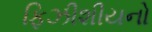
ફિઝીશીયનો